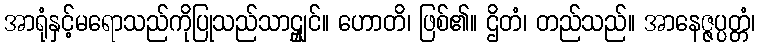
အာရုံနှင့်မရောသည်ကိုပြုသည်သာဠျှင်။ ဟောတိ၊ ဖြစ်၏။ ဌိတံ၊ တည်သည်။ အာနေဇ္ဇပ္ပတ္တံ၊